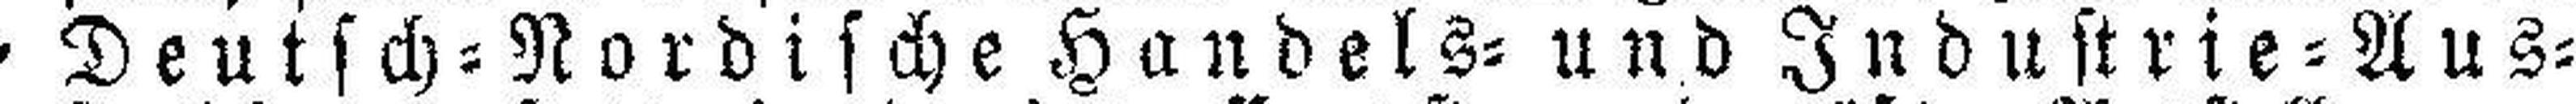
Deutsch=Nordische Handels= und Industrie=Aus¬